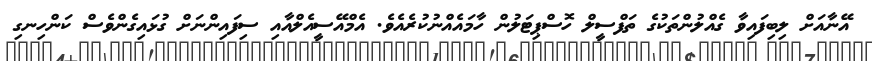
އޭނާއަށް ލިބިފައިވާ ގެއްލުންތަކުގެ ތަފްސީލް ހޮސްޕިޓަލުން ހާމައެއްނުކުރެއެވެ. އެމްއޭސީއެލްއާއި ސިފައިންނަށް ގުޅައިގެންވެސް ކަންހިނގި